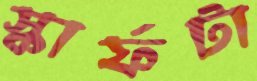
স্কার্ফটা